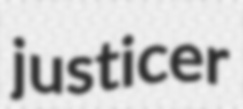
justicer